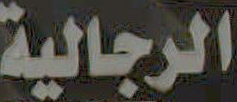
الرجالية